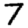
Digit: 7